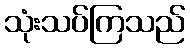
သုံးသပ်ကြသည်